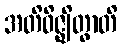
အတိဝိဇ္ဈိတွာတိ